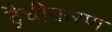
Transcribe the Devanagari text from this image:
द्वैधीकरण